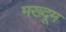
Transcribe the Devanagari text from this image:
मख्दूम